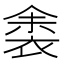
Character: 𬡛